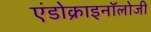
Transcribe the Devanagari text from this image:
एंडोक्राइनॉलोजी